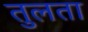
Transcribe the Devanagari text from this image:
तुलता